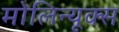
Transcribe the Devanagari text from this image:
मोलिन्यूक्स